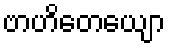
ဗာဟိတေယျော